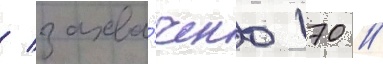
/ захва́чено 170 /